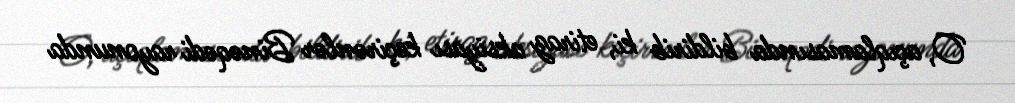
O, açıqlamasında bildirib ki, etiraz aksiyası keçirənlər Binəqədi rayonunda